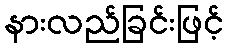
နားလည်ခြင်းဖြင့်